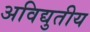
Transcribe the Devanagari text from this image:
अविद्युतीय